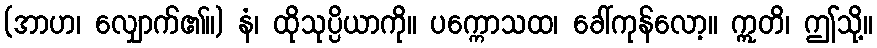
(အာဟ၊ လျှောက်၏။) နံ၊ ထိုသုပ္ပိယာကို။ ပက္ကောသထ၊ ခေါ်ကုန်လော့။ ဣတိ၊ ဤသို့။